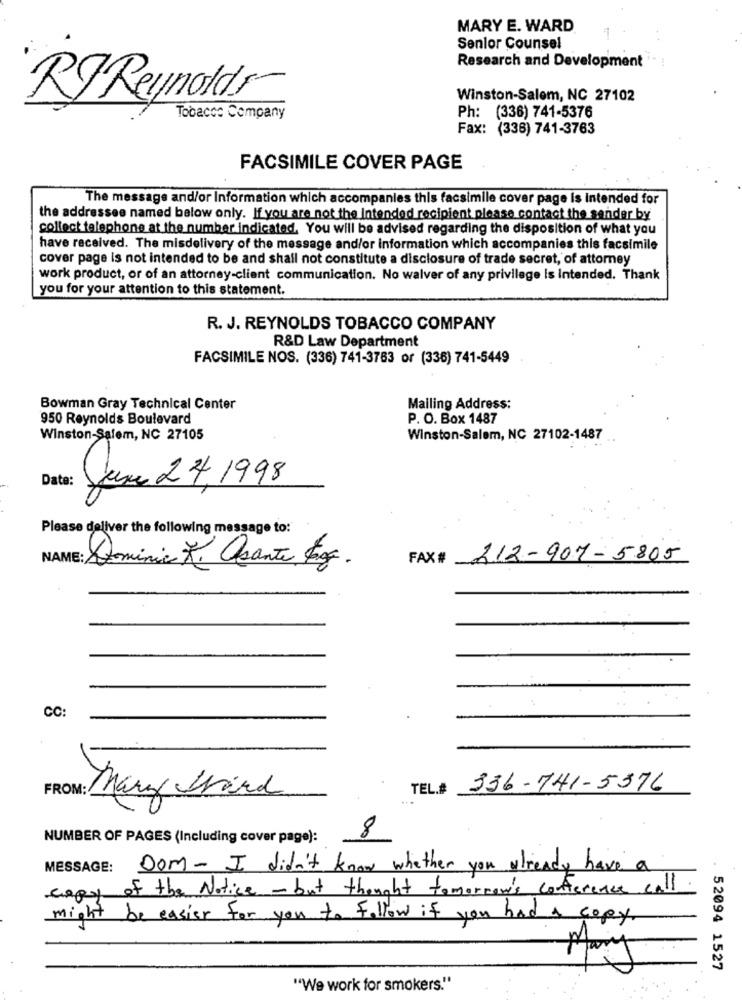
MARY E. WARD
Senior Counsel
Research and Development
Winston-Salem, NC 27102
RJ Reynolds
Tobacco Company
Ph: (336) 741-5376
Fax: (336) 741-3763
FACSIMILE COVER PAGE
The message and/or Information which accompanies this facsimile cover page is intended for
the addressee named below only. If you are not the Intended recipient please contact the sender by
collect telephone at the number indicated. You will be advised regarding the disposition of what you
have received. The misdelivery of the message and/or information which accompanies this facsimile
cover page is not intended to be and shall not constitute a disclosure of trade secret, of attorney
work product, or of an attorney-client communication. No walver of any privilege is intended. Thank
you for your attention to this statement.
R. J. REYNOLDS TOBACCO COMPANY
R&D Law Department
FACSIMILE NOS. (336) 741-3763 or (336) 741-5449
Bowman Gray Technical Center
Mailing Address:
950 Reynolds Boulevard
P. O. Box 1487
Winston-Salem, NC 27105
Winston-Salem, NC 27102-1487
r ..
Date:
June 24, 1998
Please deliver the following message to:
FAX #
212-907-5805
Dominic R. Osante Eg.
CC:
TEL.# 336-741-5376
Mary Chard
8
NUMBER OF PAGES (Including cover page):
MESSAGE: Dom- I didn't know whether you already have a
copy of the Notice - but thought tomorrow's conference call.
might be easier for you to Follow if you had a copy.
Mary
52094 1527
"We work for smokers."